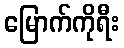
မြောက်ကိုရီး